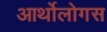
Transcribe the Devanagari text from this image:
आर्थोलोगस